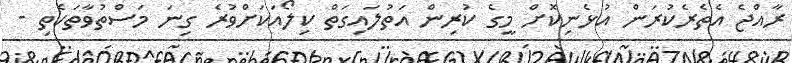
ރާއްޖެ އެތެރެކުރަން އުޅެނިކޮށް މީގެ ކުރިން އަތުލައިގަތް ކިލޯއަކަށްވުރެ ގިނަ މަސްތުވާތަކެތި -